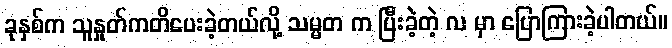
ခုနှစ်က သူနှုတ်ကတိပေးခဲ့တယ်လို့ သမ္မတ က ပြီးခဲ့တဲ့ လ မှာ ပြောကြားခဲ့ပါတယ်။